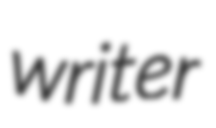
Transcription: writer